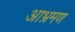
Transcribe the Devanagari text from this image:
आभ्रमण